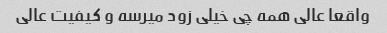
واقعا عالی همه چی خیلی زود میرسه و کیفیت عالی